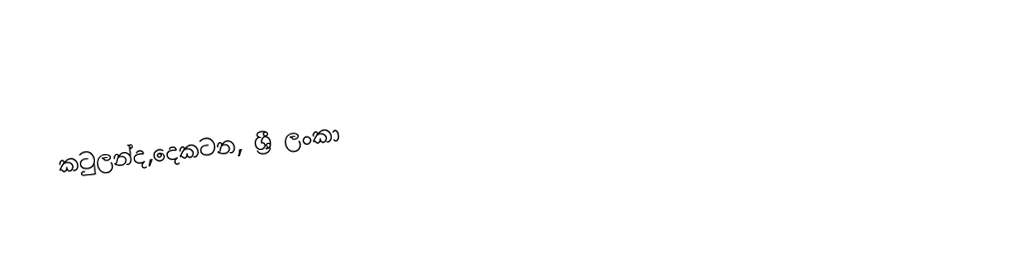
කටුලන්ද,දෙකටන, ශ්‍රී ලංකා